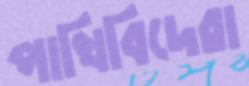
পাখিবিদেরা